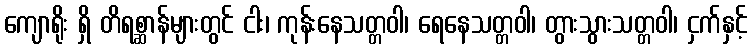
ကျောရိုး ရှိ တိရစ္ဆာန်များတွင် ငါး၊ ကုန်းနေသတ္တဝါ၊ ရေနေသတ္တဝါ၊ တွားသွားသတ္တဝါ၊ ငှက်နှင့်